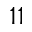
1 1